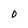
Character: 0